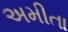
અમીતા